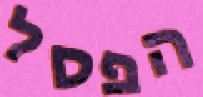
הפסל